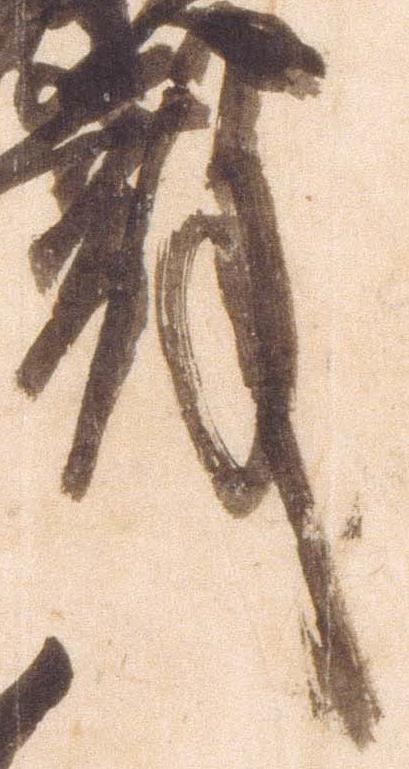
殿